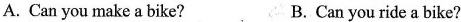
A.Can you make a bike? B. Can you ride a bike?